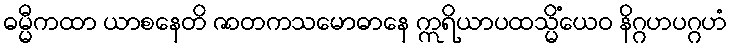
ဓမ္မီကထာ ယာစနေတိ ဇာတကသမောဓာနေ ဣရိယာပထသ္မိံယေဝ နိဂ္ဂဟပဂ္ဂဟံ